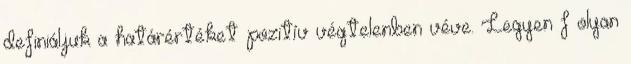
definiáljuk a határértéket pozitív végtelenben véve. Legyen f olyan